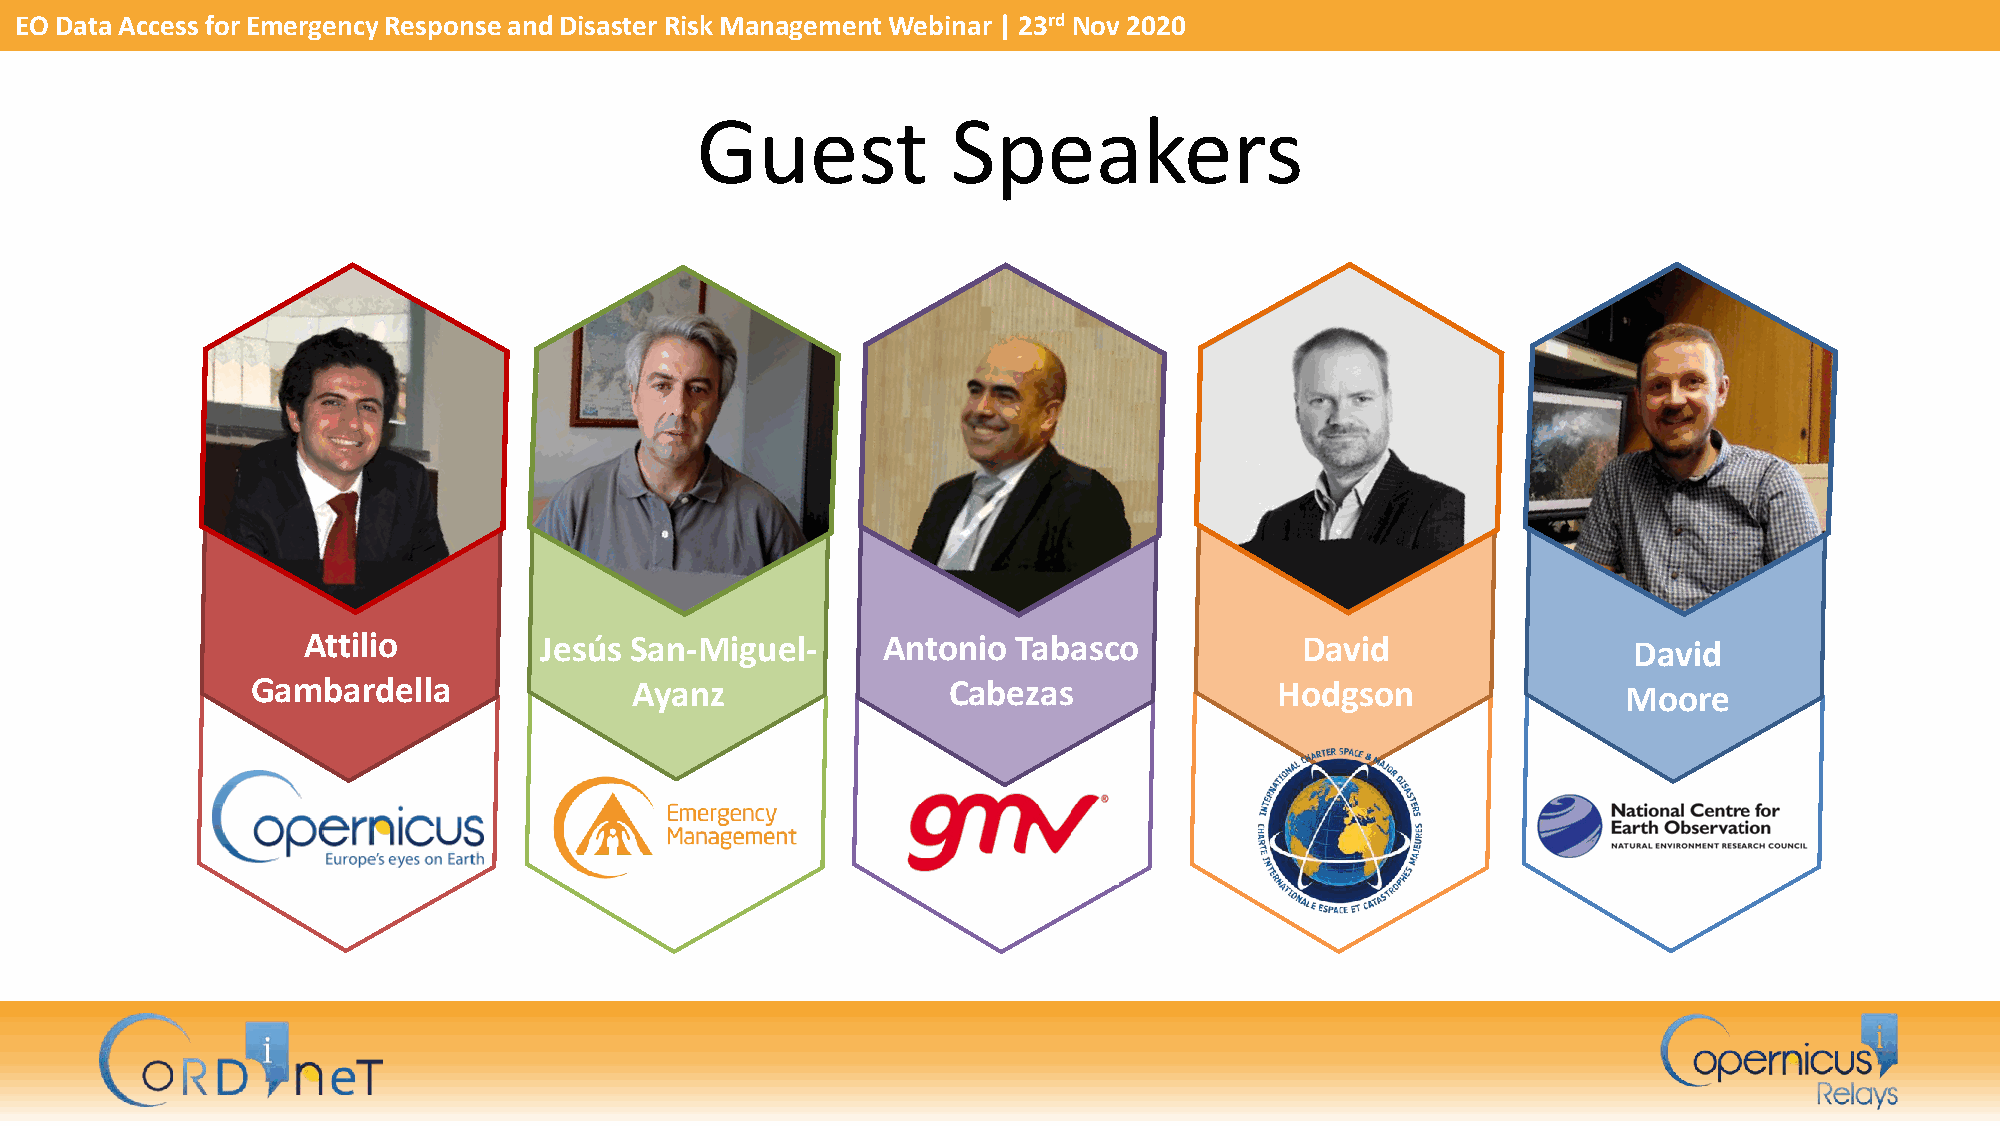
EO Data Access for Emergency Response and Disaster Risk Management Webinar | 23rd Nov 2020
 Guest            Speakers
 Attilio         Jesús San-Miguel-     Antonio  Tabasco            David                 David
 Gambardella              Ayanz                Cabezas               Hodgson                Moore